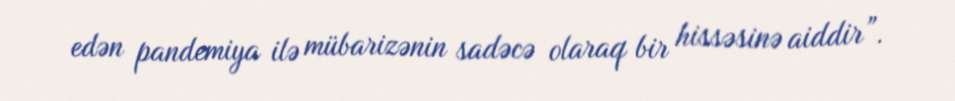
edən pandemiya ilə mübarizənin sadəcə olaraq bir hissəsinə aiddir”.